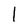
Character: l